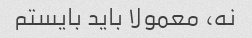
نه، معمولا باید بایستم